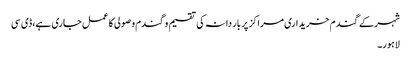
شہرکے گندم خریداری مراکز پر بار دانہ کی تقسیم و گندم وصولی کا عمل جاری ہے،ڈی سی
لاہور۔